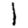
Digit: 1